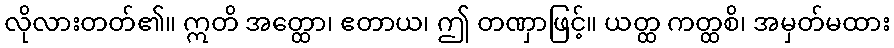
လိုလားတတ်၏။ ဣတိ အတ္ထော၊ ဧတာယ၊ ဤ တဏှာဖြင့်။ ယတ္ထ ကတ္ထစိ၊ အမှတ်မထား